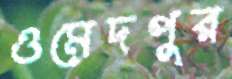
ওমেদপুর